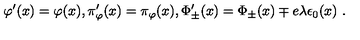
\varphi ^ { \prime } ( x ) = \varphi ( x ) , \pi _ { \varphi } ^ { \prime } ( x ) = \pi _ { \varphi } ( x ) , \Phi _ { \pm } ^ { \prime } ( x ) = \Phi _ { \pm } ( x ) \mp e \lambda \epsilon _ { 0 } ( x ) \ .